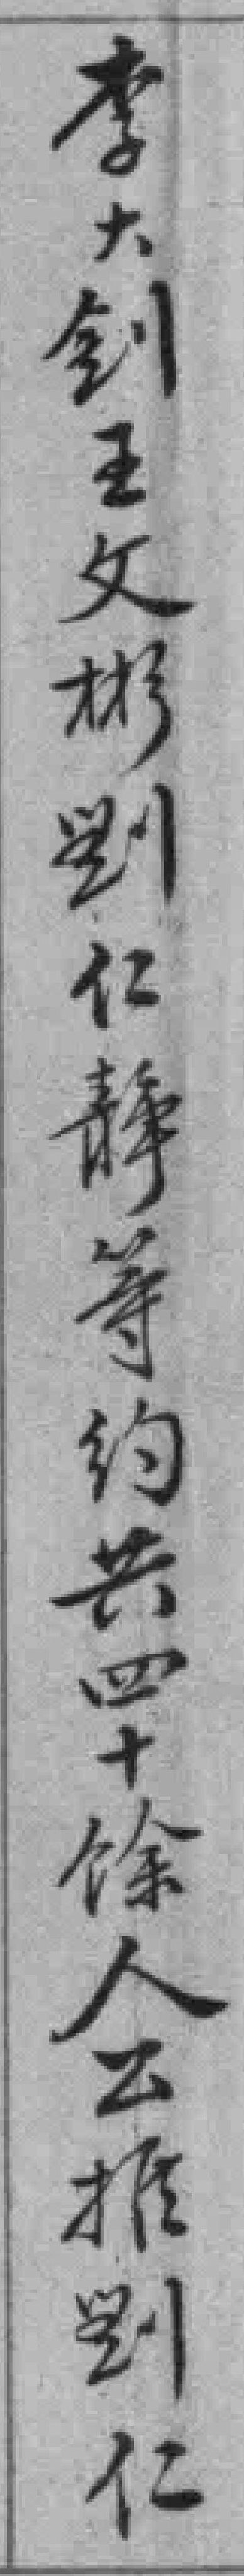
李大釗王文彬劉仁靜等约共四十馀人公推劉仁